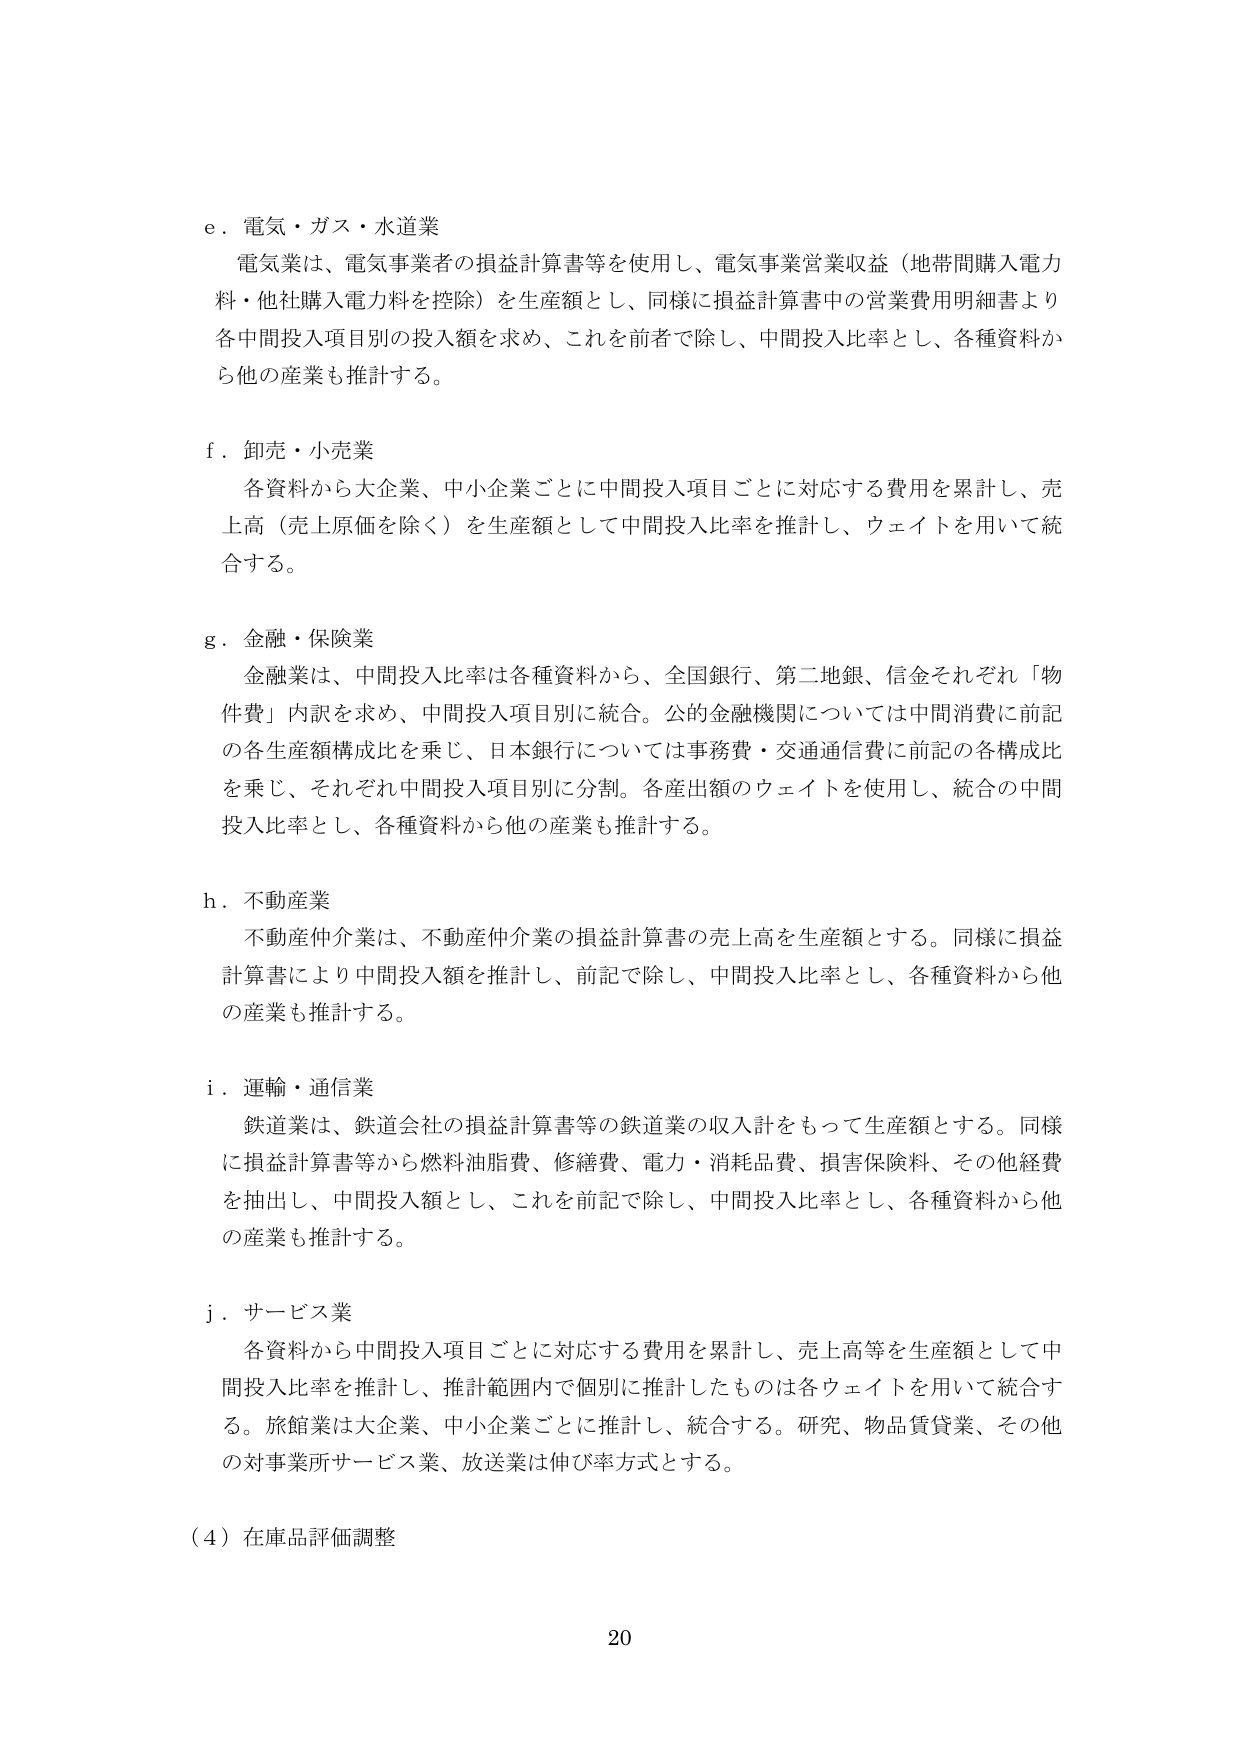
e．電気・ガス・水道業
電気業は、電気事業者の損益計算書等を使用し、電気事業営業収益（地帯間購入電力料・他社購入電力料を控除）を生産額とし、同様に損益計算書中の営業費用明細書より各中間投入項目別の投入額を求め、これを前者で除し、中間投入比率とし、各種資料から他の産業も推計する。

f．卸売・小売業
各資料から大企業、中小企業ごとに中間投入項目ごとに対応する費用を累計し、売上高（売上原価を除く）を生産額として中間投入比率を推計し、ウェイトを用いて統合する。

g．金融・保険業
金融業は、中間投入比率は各種資料から、全国銀行、第二地銀、信金それぞれ「物件費」内訳を求め、中間投入項目別に統合。公的金融機関については中間消費に前記の各生産額構成比を乗じ、日本銀行については事務費・交通通信費に前記の各構成比を乗じ、それぞれ中間投入項目別に分割。各産出額のウェイトを使用し、統合の中間投入比率とし、各種資料から他の産業も推計する。

h．不動産業
不動産仲介業は、不動産仲介業の損益計算書の売上高を生産額とする。同様に損益計算書により中間投入額を推計し、前記で除し、中間投入比率とし、各種資料から他の産業も推計する。

i．運輸・通信業
鉄道業は、鉄道会社の損益計算書等の鉄道業の収入計をもって生産額とする。同様に損益計算書等から燃料油脂費、修繕費、電力・消耗品費、損害保険料、その他経費を抽出し、中間投入額とし、これを前記で除し、中間投入比率とし、各種資料から他の産業も推計する。

j．サービス業
各資料から中間投入項目ごとに対応する費用を累計し、売上高等を生産額として中間投入比率を推計し、推計範囲内で個別に推計したものは各ウェイトを用いて統合する。旅館業は大企業、中小企業ごとに推計し、統合する。研究、物品賃貸業、その他の対事業所サービス業、放送業は伸び率方式とする。

（4）在庫品評価調整

20